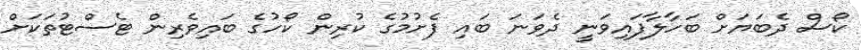
ކޯސް ދެބަޔަށް ބަހާލާފައިވަނީ ދެވަނަ ބައި ފެށުމުގެ ކުރިން ކޯހުގެ ބައިވެރިން ޓެސްޓުތަކަށް